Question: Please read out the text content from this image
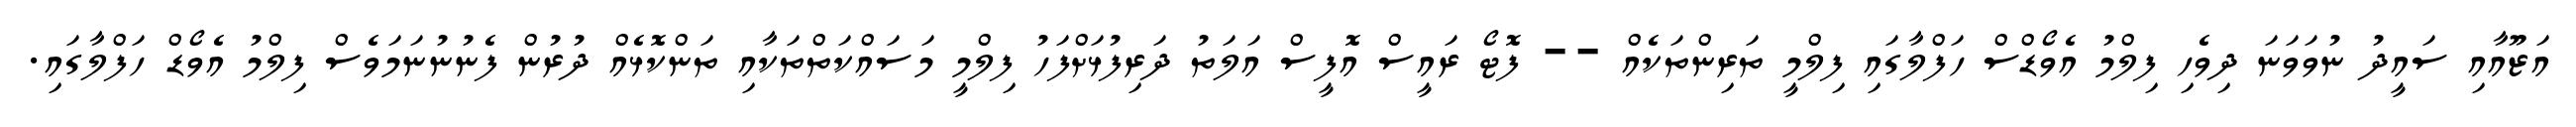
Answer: އަޒޫއާއި ސައީދު ނުވަވަނަ ދިވެހި ފިލްމު އެވޯޑްސް ހަފްލާގައި ފިލްމީ ތަރިންތަކެއް -- ފޮޓޯ ރައީސް އޮފީސް އަލަތު ދަރިފުޅަށްފަހު ފިލްމީ މަސައްކަތްތަކާއި ތަންކޮޅެއް ދުރުން ފެނުނުނަމަވެސް ފިލްމު އެވޯޑް ހަފްލާގައި.